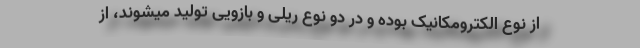
از نوع الکترومکانیک بوده و در دو نوع ریلی و بازویی تولید میشوند، از